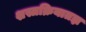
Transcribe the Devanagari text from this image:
शस्त्रक्रियातज्ञ